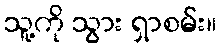
သူ့ကို သွား ရှာစမ်း။